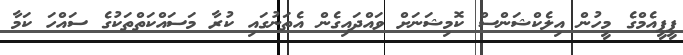
ޕީޕީއެމްގެ މީހުން އިލެކްޝަންސް ކޮމިޝަނަށް ވައްދައިގެން އެތަނުގައި ކުރާ މަސައްކަތްތަކުގެ ސައްހަ ކަމާ